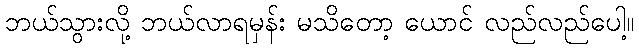
ဘယ်သွားလို့ ဘယ်လာရမှန်း မသိတော့ ယောင် လည်လည်ပေါ့။